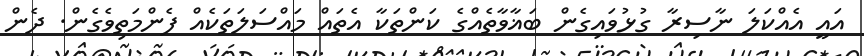
އައީ އެއްކަލަ ނާސިރާ ގުޅުވައިގެން ބަޣާވާތެއްގެ ކަންތަކާ އެތައް މައްސަލަތަކެއް ފެންމަތިވެގެން. ދެން